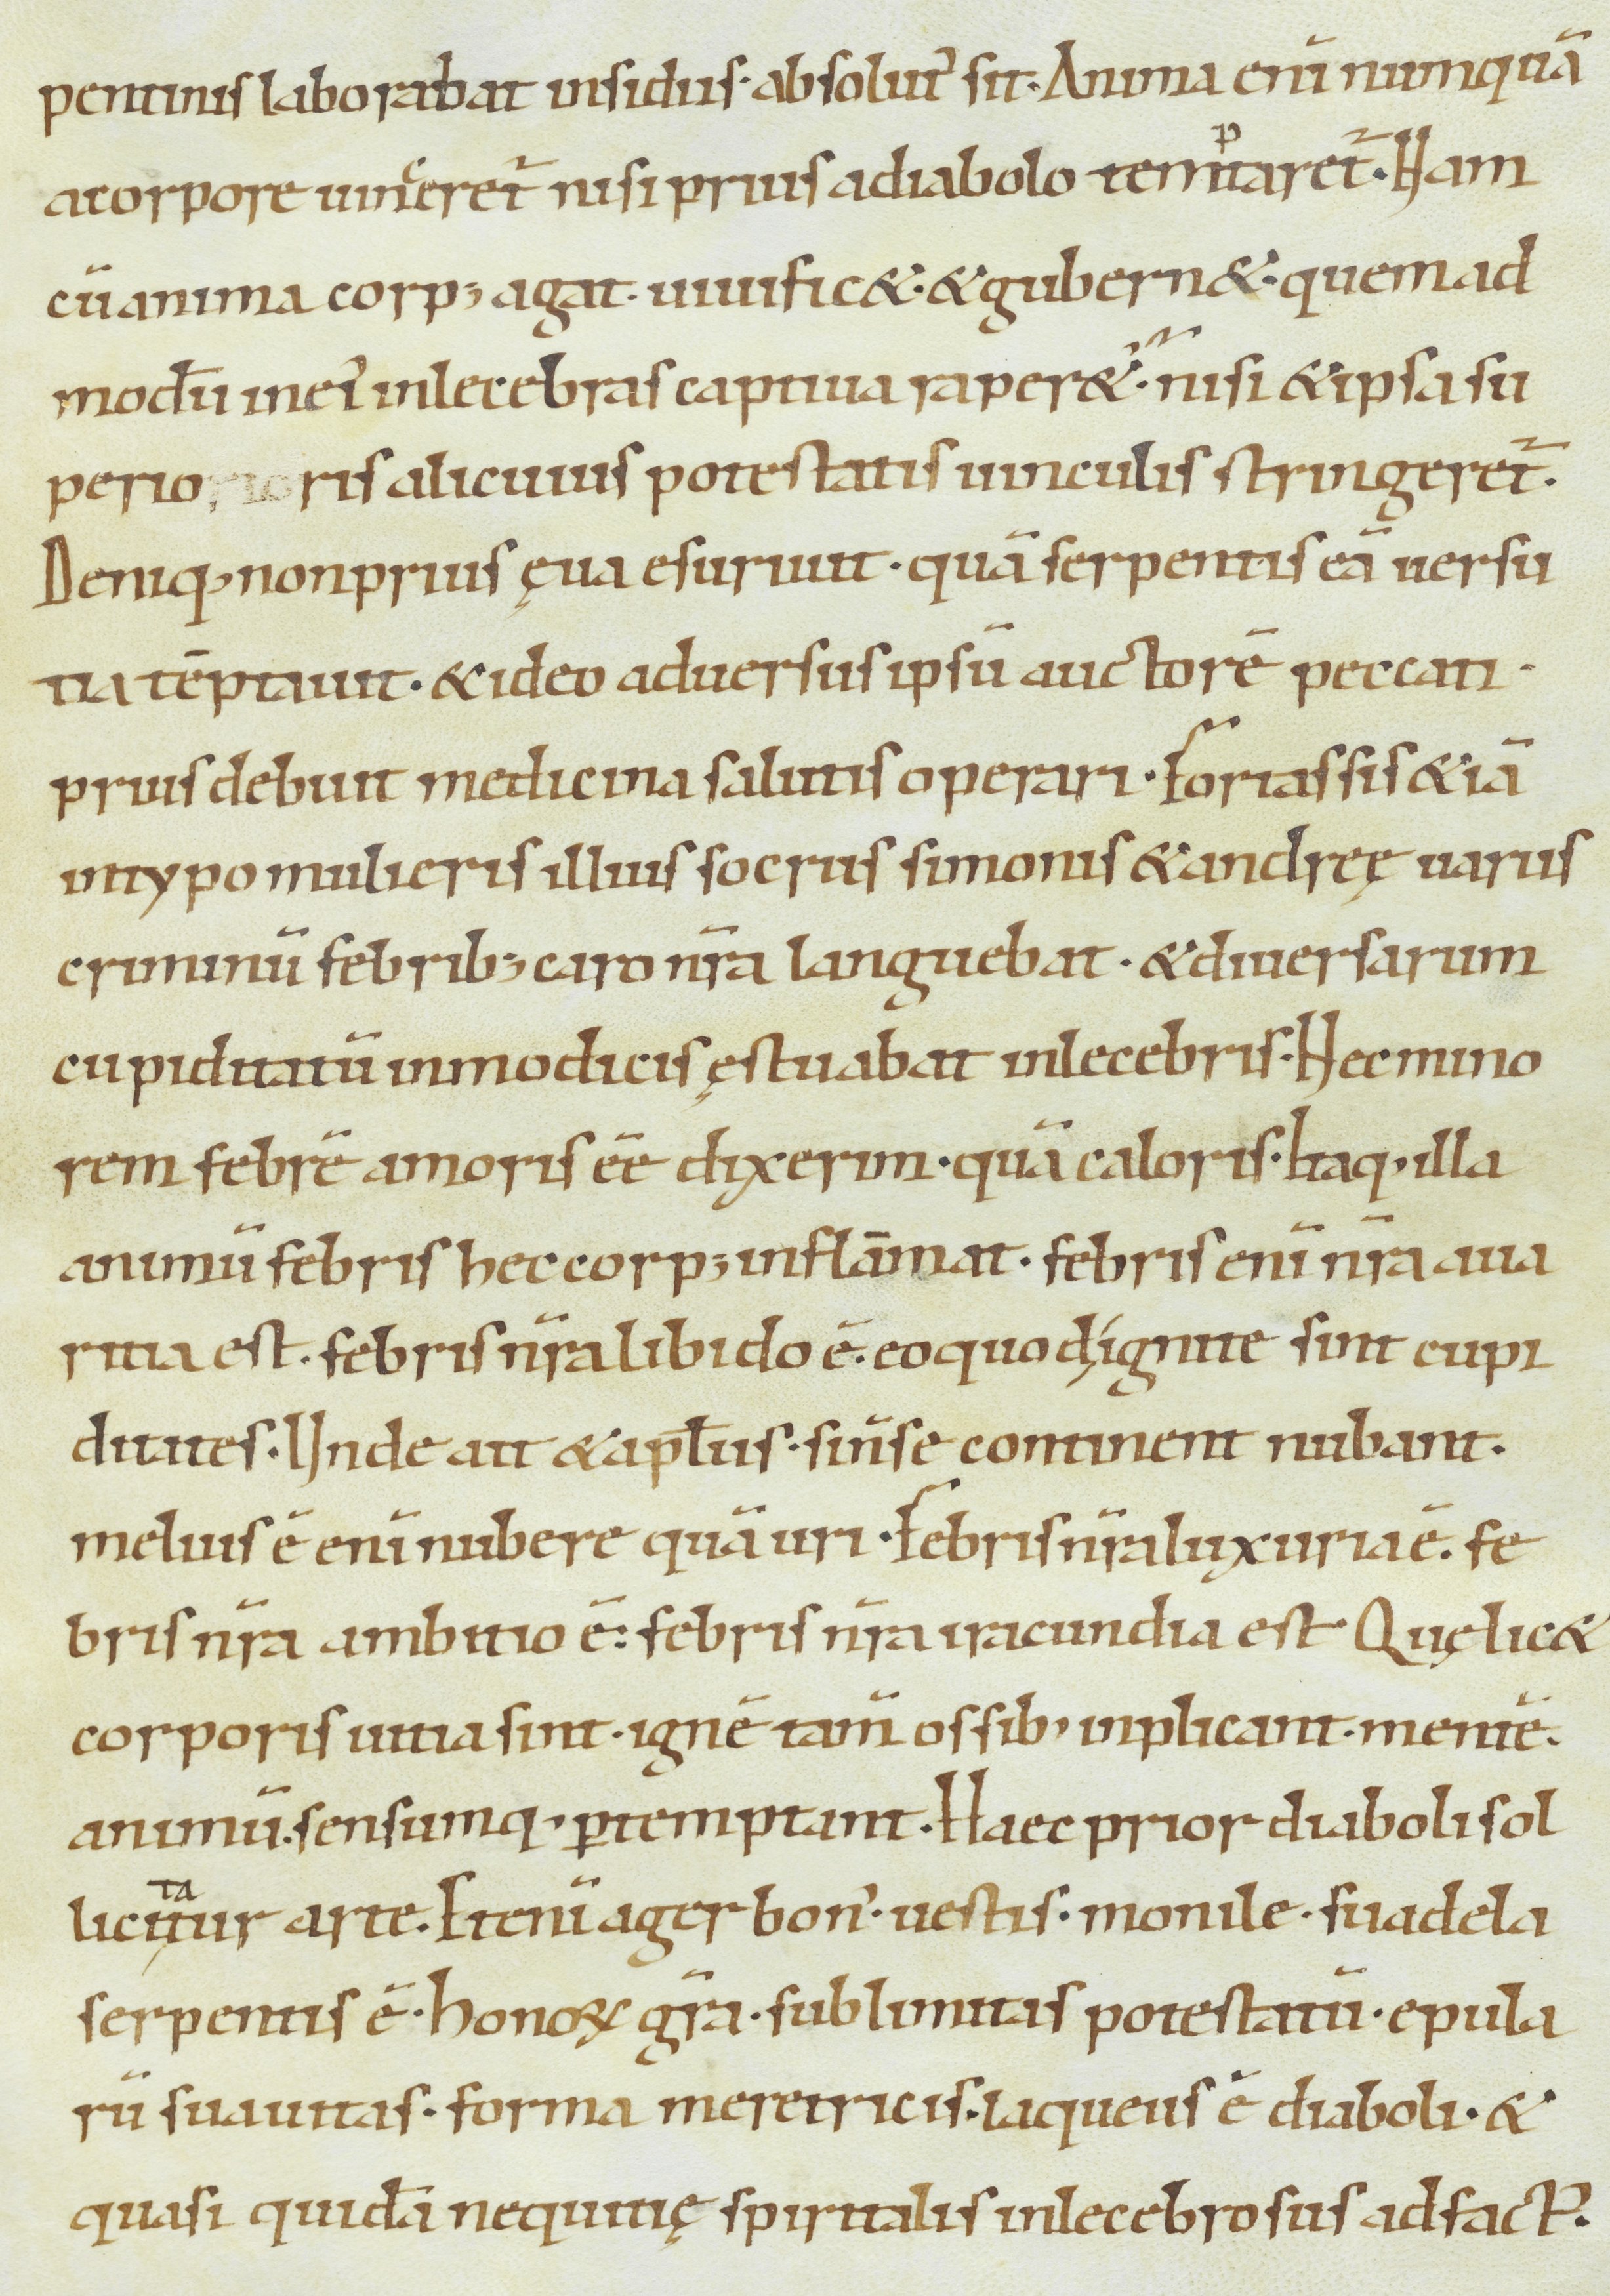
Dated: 900–999